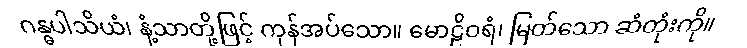
ဂန္ဓပါသိယံ၊ နံ့သာတို့ဖြင့် ကုန်အပ်သော။ မောဠိဝရံ၊ မြတ်သော ဆံတုံးကို။